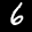
Label: 6